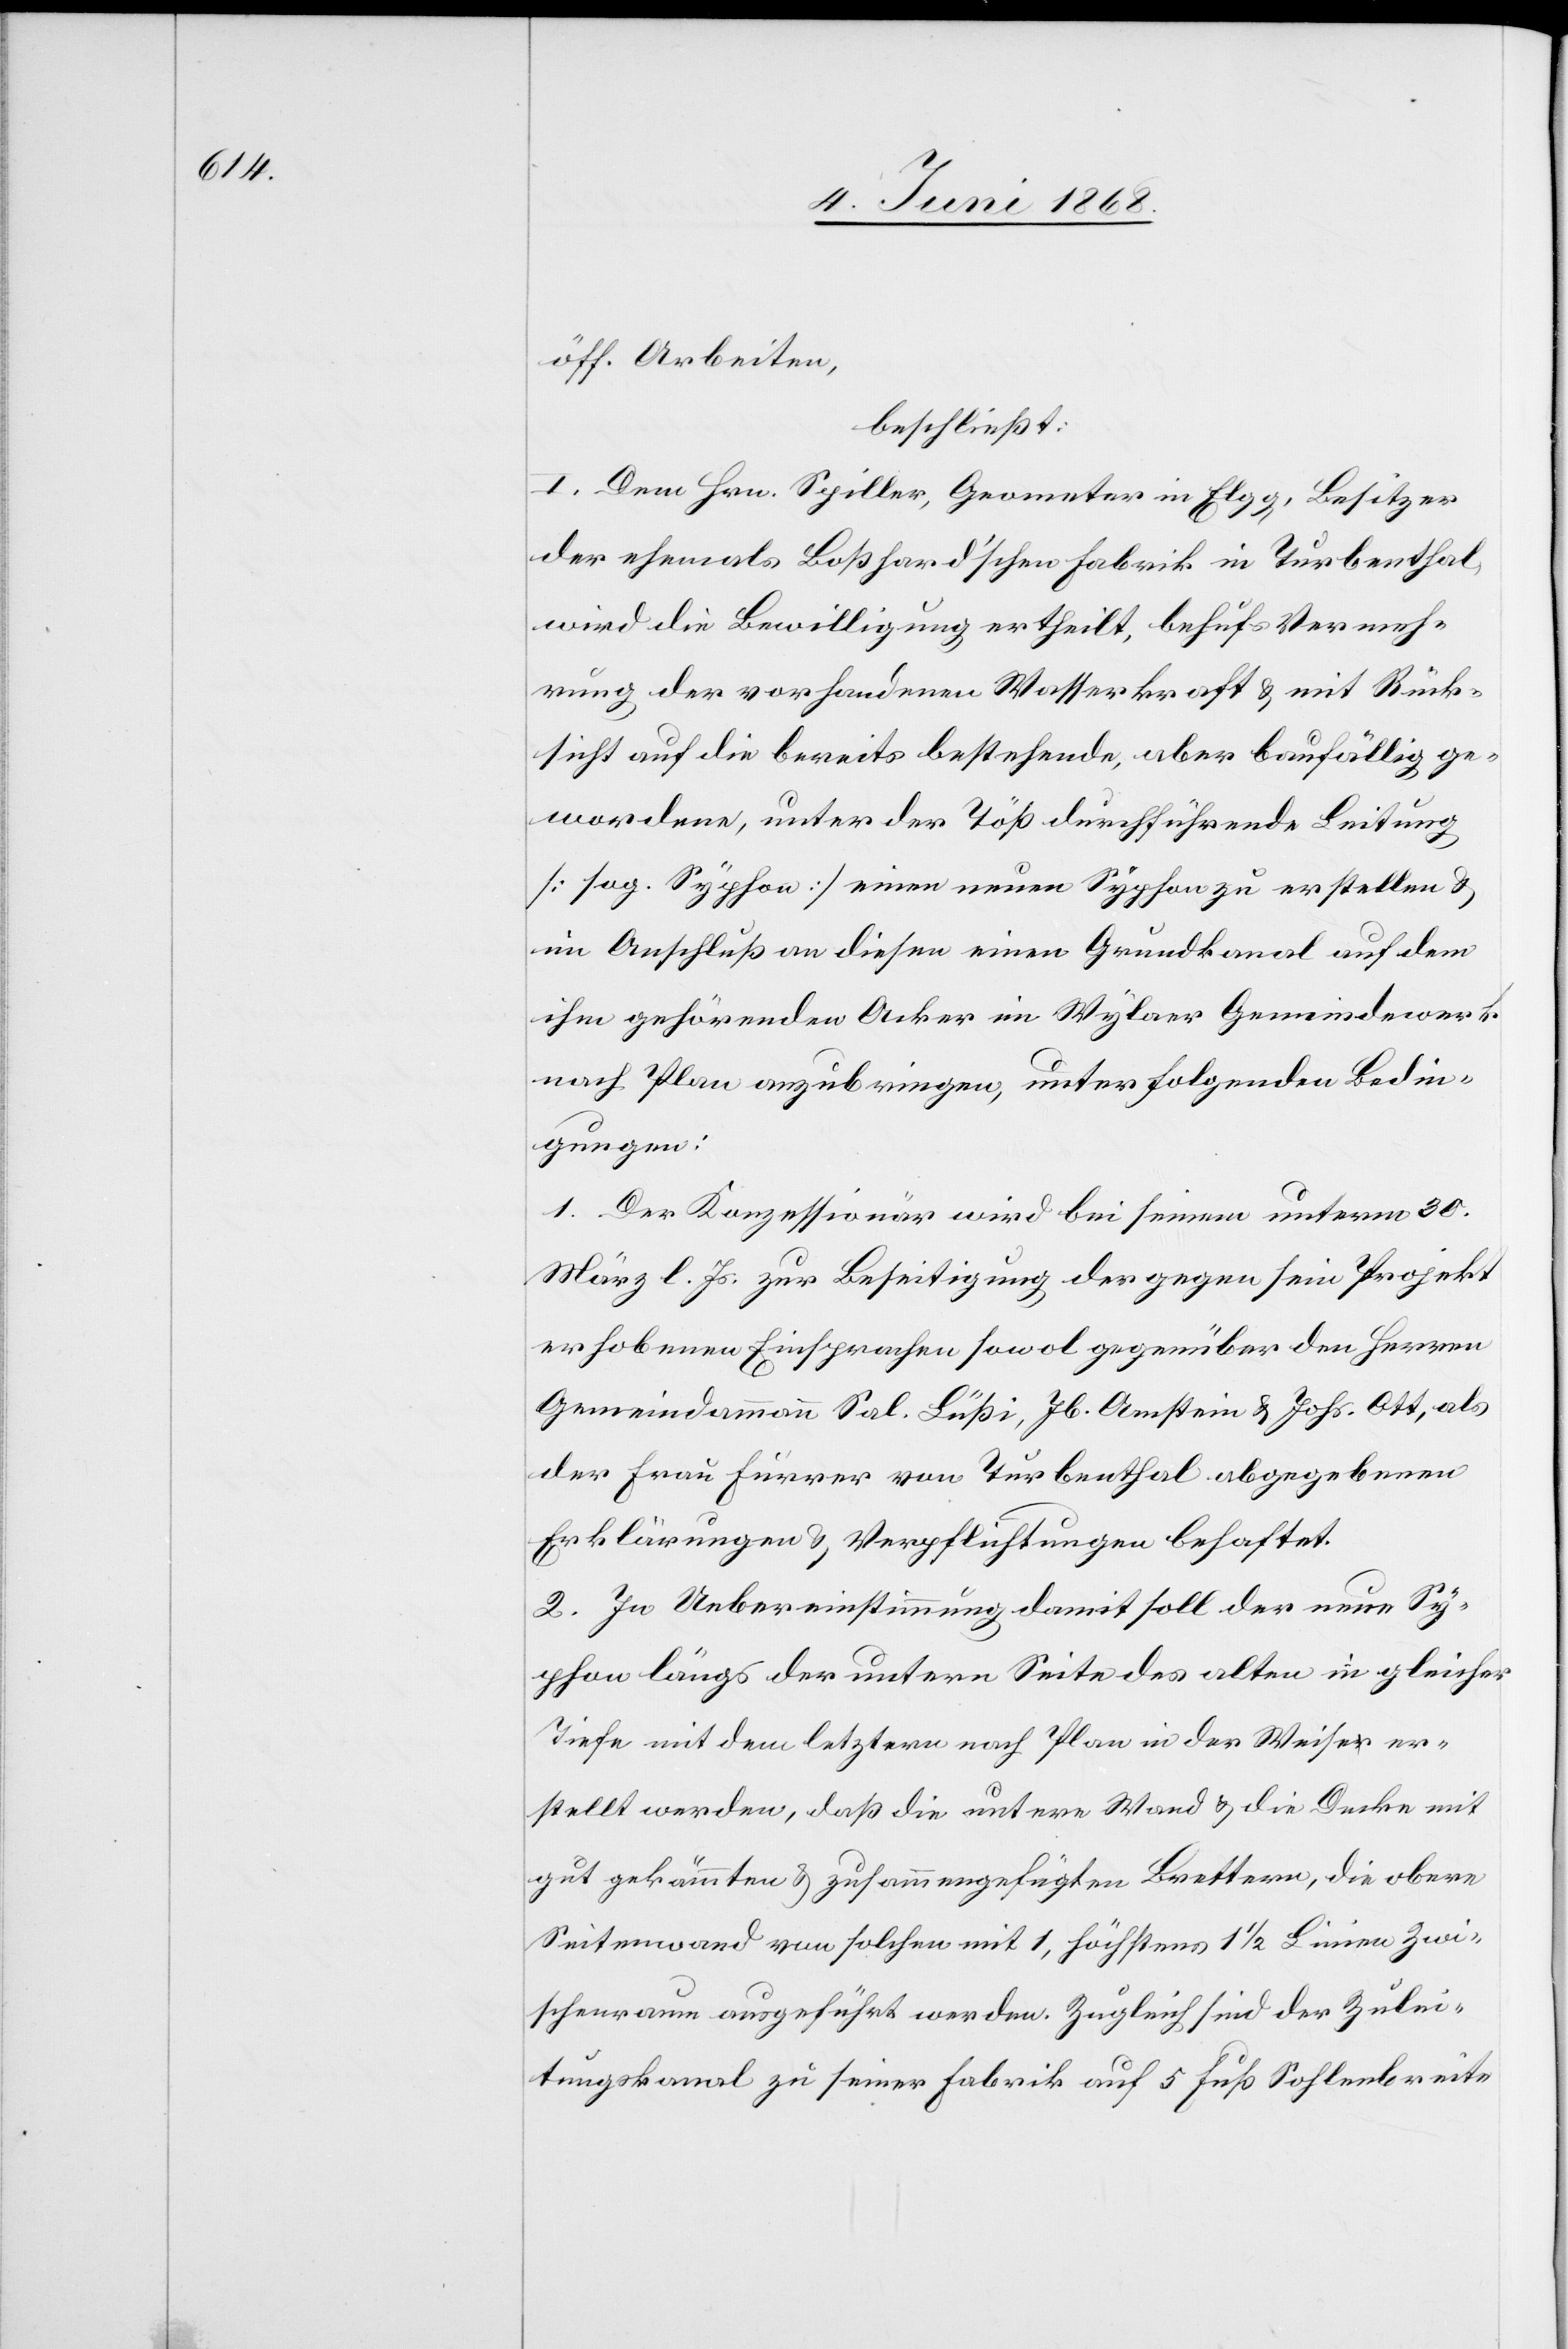
öff. Arbeiten,
beschließt:
I. Dem Hrn. Spiller, Geometer in Elgg, Besitzer
der ehemals Boßhard’schen Fabrik in Turbenthal,
wird die Bewilligung ertheilt, behufs Vermeh¬
rung der vorhandenen Wasserkraft & mit Rück¬
sicht auf die bereits bestehende, aber baufällig ge¬
wordene, unter der Töß durchführende Leitung
[sog. Syphon] einen neuen Syphon zu erstellen &
im Anschluß an diesen einen Grundkanal auf dem
ihm gehörenden Acker im Wylaer Gemeindewerk
nach Plan anzubringen, unter folgenden Bedin¬
gungen:
1. Der Konzessionär wird bei seinem unterm 30.
März l. Js. zur Beseitigung der gegen sein Projekt
erhobenen Einsprachen sowol gegenüber den Herren
Gemeindammann Sal. Lüßi, Jb. Amstein & Johs. Ott, als
der Frau Furrer von Turbenthal abgegebenen
Erklärungen & Verpflichtungen behaftet.
2. In Uebereinstimmung damit soll der neue Sy¬
phon längs der untern Seite des alten in gleicher
Tiefe mit dem letztern nach Plan in der Weise er¬
stellt werden, daß die untere Wand & die Decke mit
gut gekämmten & zusammengefügten Brettern, die obere
Seitenwand von solchen mit 1, höchstens 1 1/2 Linien Zwi¬
schenraum ausgeführt werden. Zugleich sind der Zulei¬
tungskanal zu seiner Fabrik auf 5 Fuß Sohlenbreite[,]